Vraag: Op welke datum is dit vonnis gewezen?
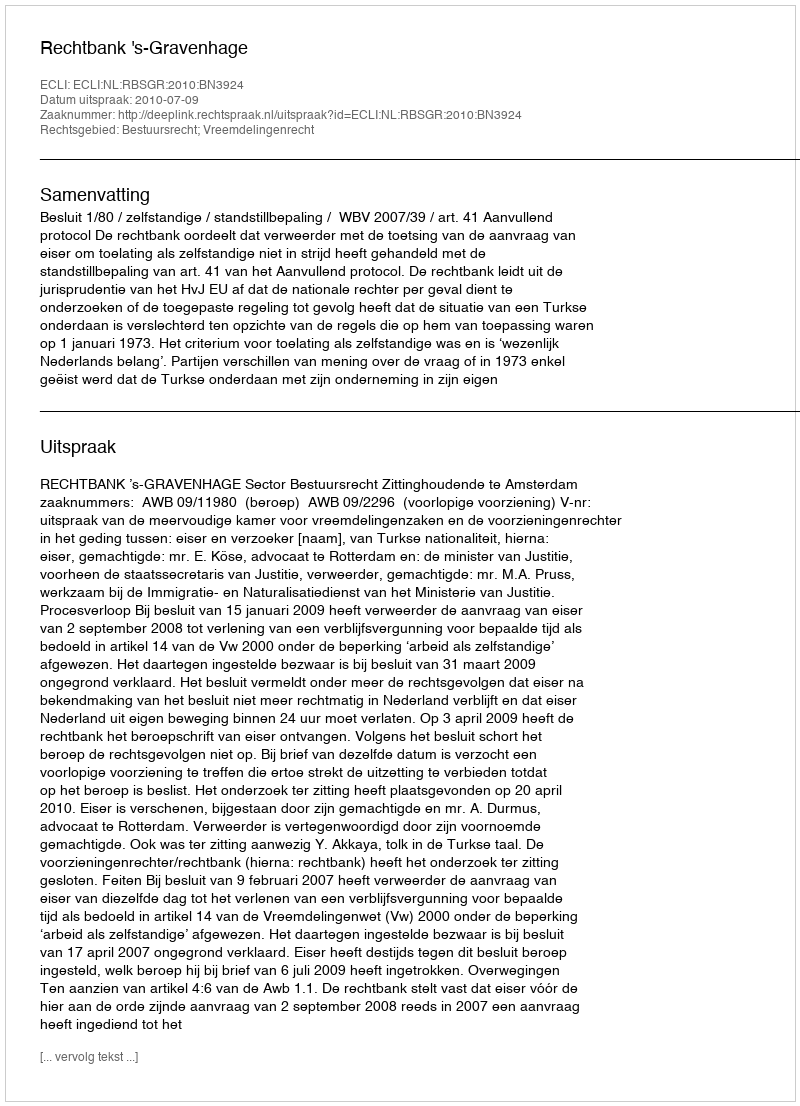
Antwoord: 2010-07-09